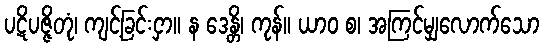
ပဋိပဇ္ဇိတုံ၊ ကျင့်ခြင်းငှာ။ န ဒေန္တိ၊ ကုန်။ ယာဝ စ၊ အကြင်မျှလောက်သော